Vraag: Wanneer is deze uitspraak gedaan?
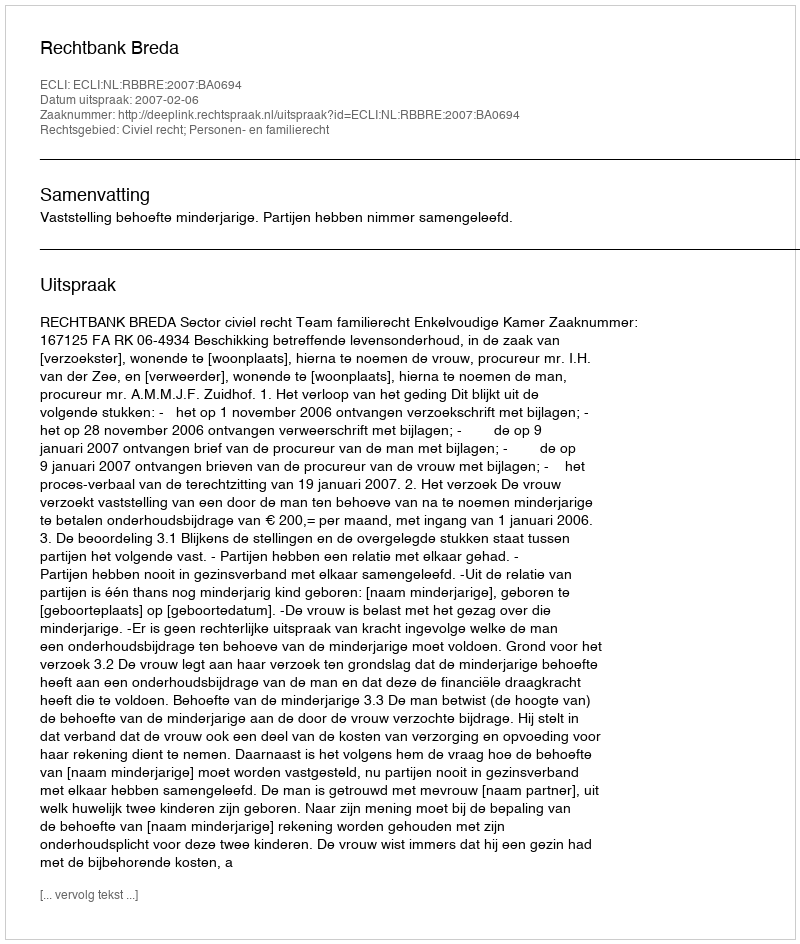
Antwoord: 2007-02-06